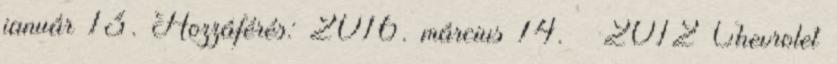
január 13. Hozzáférés: 2016. március 14. ↑ 2012 Chevrolet